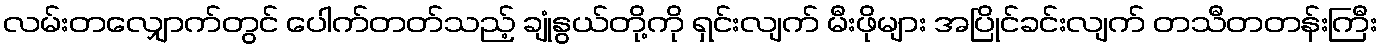
လမ်းတလျှောက်တွင် ပေါက်တတ်သည့် ချုံနွယ်တို့ကို ရှင်းလျက် မီးဖိုများ အပြိုင်ခင်းလျက် တသီတတန်းကြီး